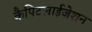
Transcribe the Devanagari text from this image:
कैपिटलाईजेशन